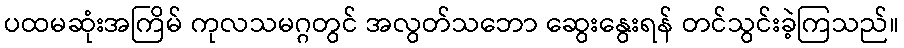
ပထမဆုံးအကြိမ် ကုလသမဂ္ဂတွင် အလွတ်သဘော ဆွေးနွေးရန် တင်သွင်းခဲ့ကြသည်။